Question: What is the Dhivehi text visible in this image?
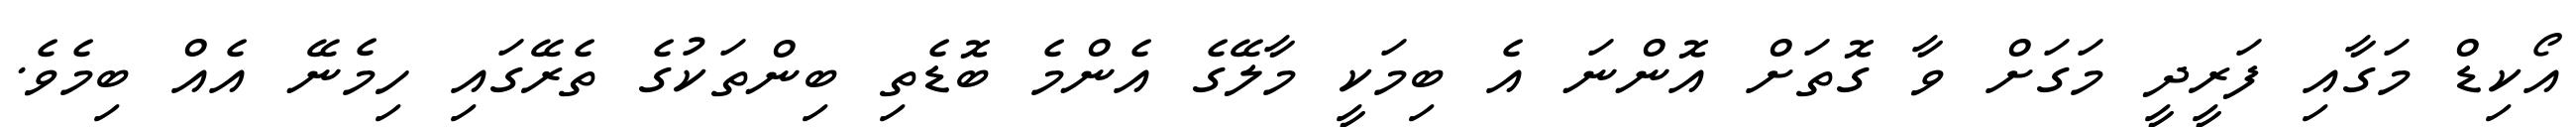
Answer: އޯކިޑް މަގާއި ފަރީދީ މަގަށް ވާ ގޮތަށް އޮންނަ އެ ބިމަކީ މާލޭގެ އެންމެ ބޮޑެތި ބިންތަކުގެ ތެރޭގައި ހިމެނޭ އެއް ބިމެވެ.